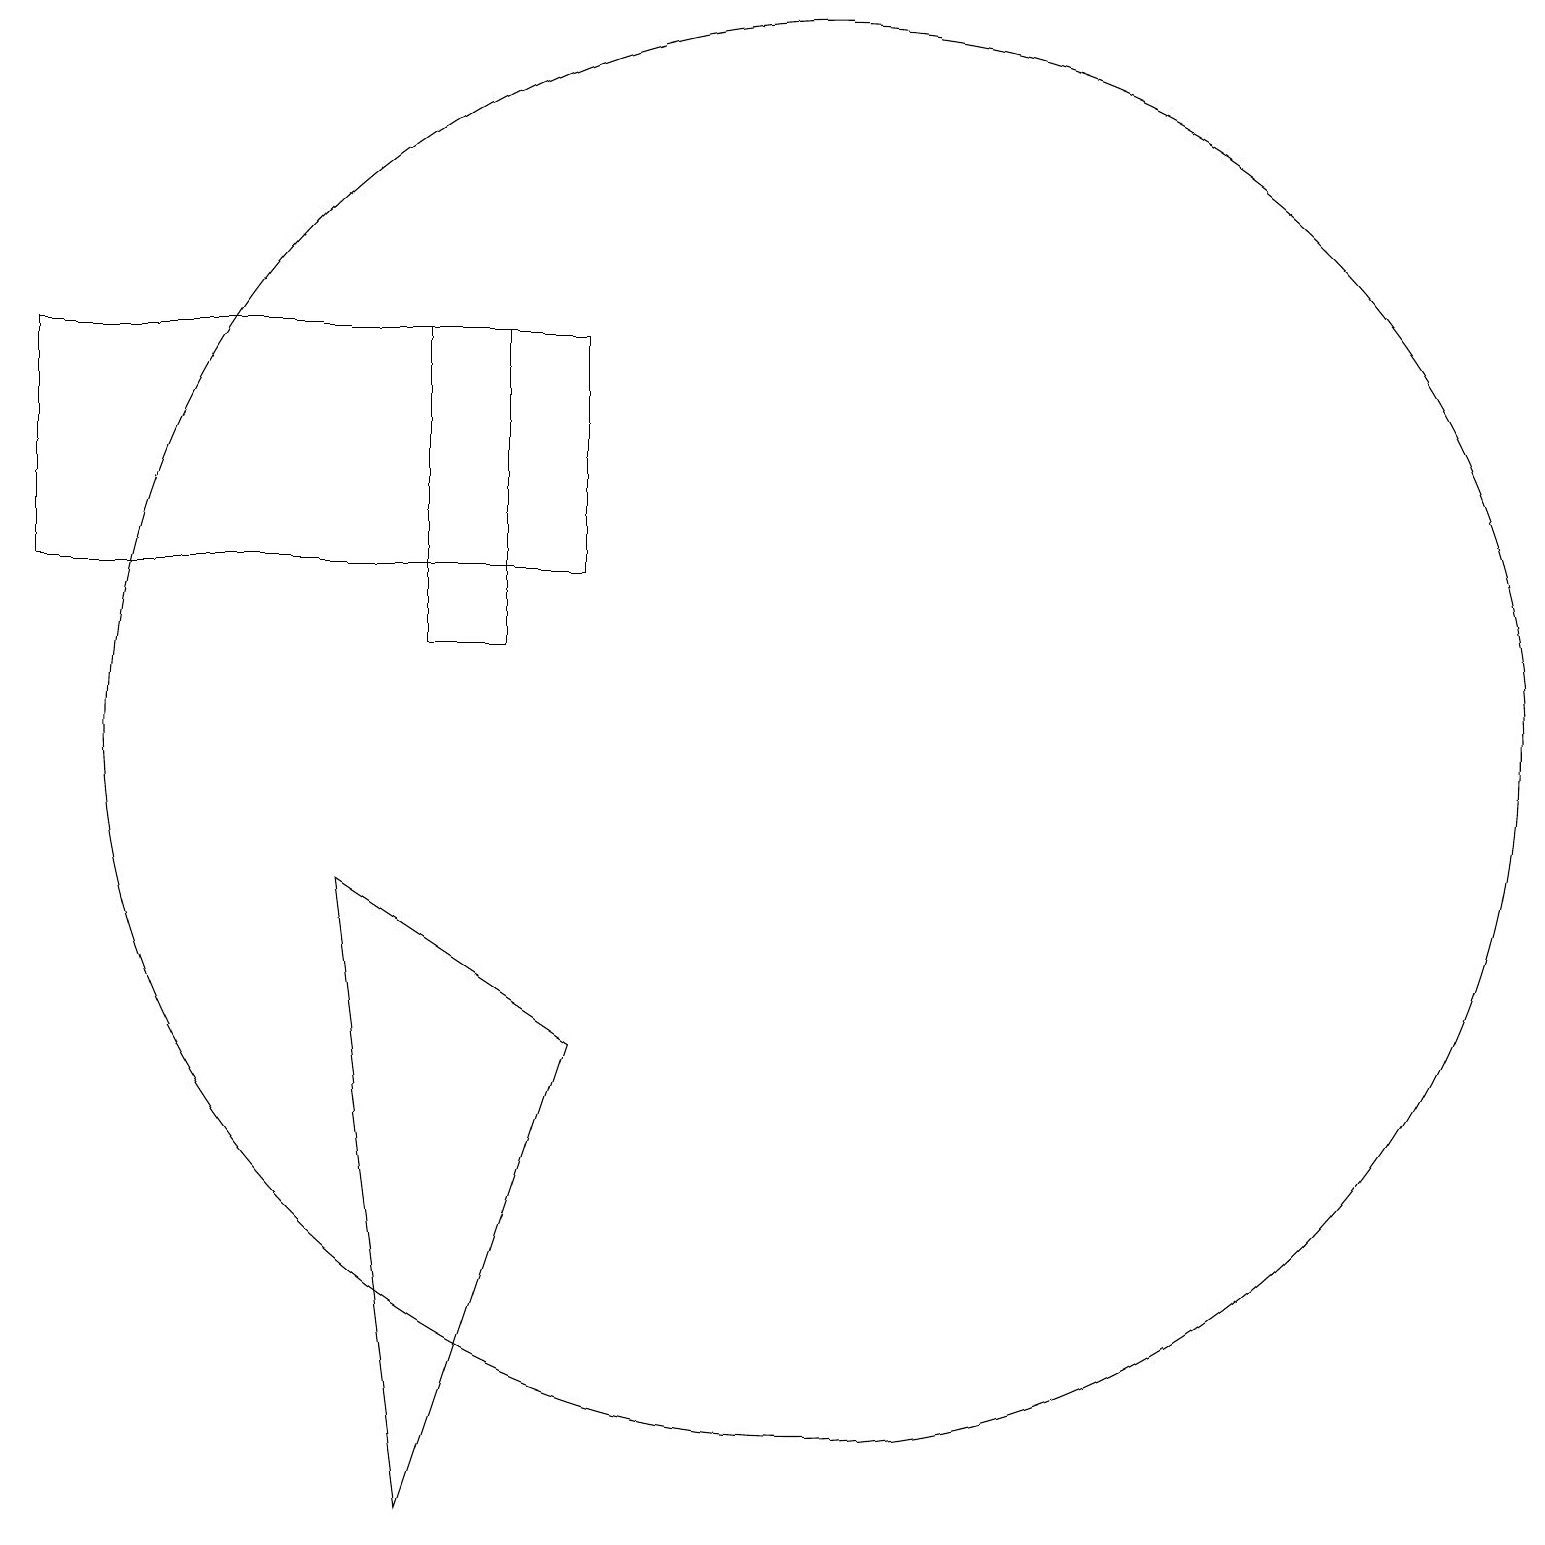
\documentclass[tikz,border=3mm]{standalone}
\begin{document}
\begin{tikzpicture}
\draw (8,6) -- (5,8) -- (6,0) -- cycle;
\draw (11,10) circle (9);
\draw (8,15) rectangle (1,12);
\draw (6,15) rectangle (7,11);
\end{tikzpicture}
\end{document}